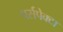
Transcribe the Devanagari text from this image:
पर्सपेक्टा